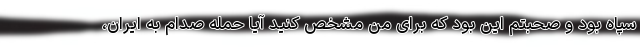
سپاه بود و صحبتم این بود که برای من مشخص کنید آیا حمله صدام به ایران،